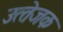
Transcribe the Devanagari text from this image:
उत्‍तेजक